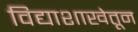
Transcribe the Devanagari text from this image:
विद्याशाखेतून